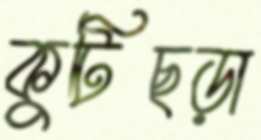
কুটিছড়া